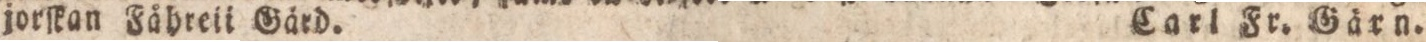
jorſkan Fåhreii Gärd.    Carl Fr. Gärn.